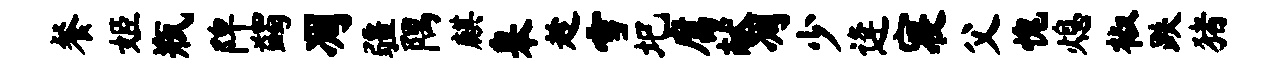
餐姬瓶陴蠲凋疆隅麒皋趁雪圯腐献凋少逄寝父愧熄椒跌猪